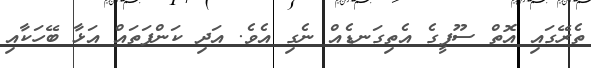
ތެރޭގައި އޮތް ސޫފީގެ އެތިގަނޑެއް ނެގި އެވެ. އަދި ކަންފަތައް އަޅާ ބޭހަކާއި